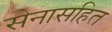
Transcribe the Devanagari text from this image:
सेनासहित